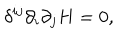
LaTeX: \delta ^ { i j } \partial _ { i } \partial _ { j } H = 0 ,